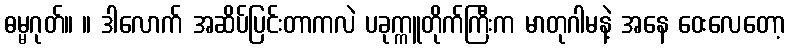
ဓမ္မဂုတ်။ ။ ဒါလောက် အဆိပ်ပြင်းတာကလဲ ပခုက္ကူတိုက်ကြီးက မာတုဂါမနဲ့ အနေ ဝေးလေတော့